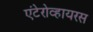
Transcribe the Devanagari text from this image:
एंटेरोव्हायरस